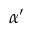
\alpha ^ { \prime }